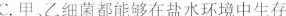
C.甲、乙细菌都能够在盐水环境中生存